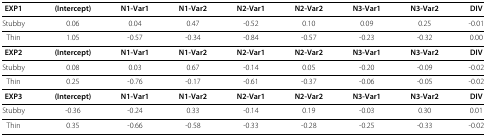
| EXP1 | (Intercept) | N1-Var1 | N1-Var2 | N2-Var1 | N2-Var2 | N3-Var1 | N3-Var2 | DIV |
 | --- | --- | --- | --- | --- | --- | --- | --- | --- |
 | Stubby | 0.06 | 0.04 | 0.47 | -0.52 | 0.10 | 0.09 | 0.25 | -0.01 |
 | Thin | 1.05 | -0.57 | -0.34 | -0.84 | -0.57 | -0.23 | -0.32 | 0.00 |
 | EXP2 | (Intercept) | N1-Var1 | N1-Var2 | N2-Var1 | N2-Var2 | N3-Var1 | N3-Var2 | DIV |
 | Stubby | 0.08 | 0.03 | 0.67 | -0.14 | 0.05 | -0.20 | -0.09 | -0.02 |
 | Thin | 0.25 | -0.76 | -0.17 | -0.61 | -0.37 | -0.06 | -0.05 | -0.02 |
 | EXP3 | (Intercept) | N1-Var1 | N1-Var2 | N2-Var1 | N2-Var2 | N3-Var1 | N3-Var2 | DIV |
 | Stubby | -0.36 | -0.24 | 0.33 | -0.14 | 0.19 | -0.03 | 0.30 | 0.01 |
 | Thin | 0.35 | -0.66 | -0.58 | -0.33 | -0.28 | -0.25 | -0.33 | -0.02 |